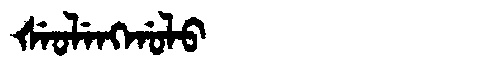
Manchu: ᡧᡝᠣᠯᡝᠩᡤᠣᠯᠣ
Romanization: ŠEOLENGGOLO